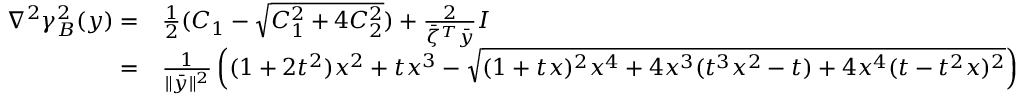
\begin{array} { r l } { \nabla ^ { 2 } \gamma _ { B } ^ { 2 } ( y ) = } & { \frac { 1 } { 2 } ( C _ { 1 } - \sqrt { C _ { 1 } ^ { 2 } + 4 C _ { 2 } ^ { 2 } } ) + \frac { 2 } { \bar { \zeta } ^ { T } \bar { y } } I } \\ { = } & { \frac { 1 } { \| \bar { y } \| ^ { 2 } } \left( ( 1 + 2 t ^ { 2 } ) x ^ { 2 } + t x ^ { 3 } - \sqrt { ( 1 + t x ) ^ { 2 } x ^ { 4 } + 4 x ^ { 3 } ( t ^ { 3 } x ^ { 2 } - t ) + 4 x ^ { 4 } ( t - t ^ { 2 } x ) ^ { 2 } } \right) } \end{array}